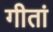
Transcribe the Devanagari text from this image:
गीतां